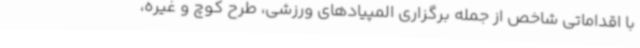
با اقداماتی شاخص از جمله برگزاری المپیادهای ورزشی، طرح کوچ و غیره،